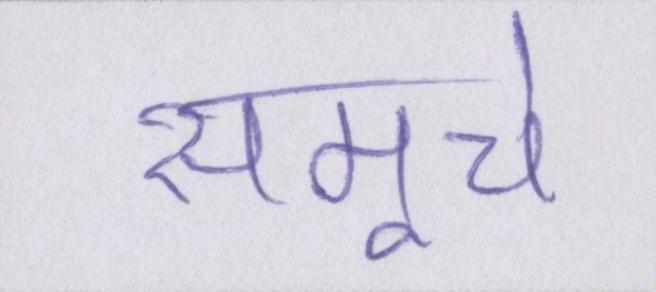
समूचे